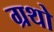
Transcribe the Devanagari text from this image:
ग्रथो